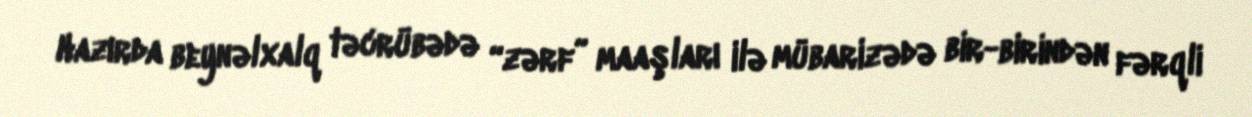
Hazırda beynəlxalq təcrübədə “zərf” maaşları ilə mübarizədə bir-birindən fərqli